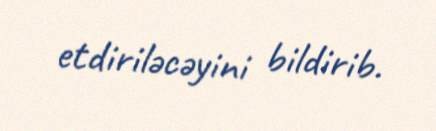
etdiriləcəyini bildirib.